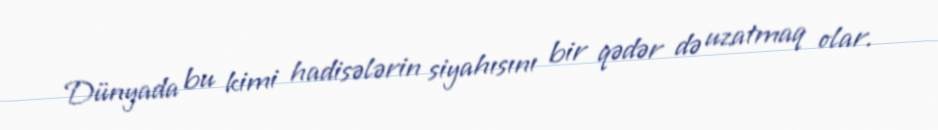
Dünyada bu kimi hadisələrin siyahısını bir qədər də uzatmaq olar.